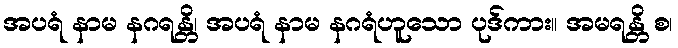
အပရံ နာမ နဂရန္တိ၊ အပရံ နာမ နဂရံဟူသော ပုဒ်ကား။ အမရန္တိ စ၊